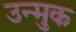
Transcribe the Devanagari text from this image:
उन्मुक